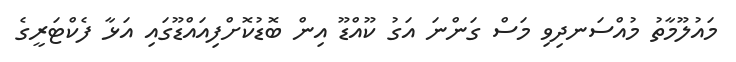
މައުލޫމާތު މުއްސަނދިވި މަސް ގަންނަ އަގު ކޫއްޑޫ އިން ބޮޑުކޮށްފިއައްޑޫގައި އަޅާ ފެކްޓަރީގެ